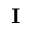
{ \bf I }